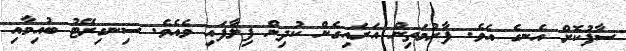
ސާފުކޮށް އެނގެ އެވެ. ފާރުމަތިން އަރައިގެން ކުދިން ފިލާފައި ވެއެވެ. ސިނގިރޭޓު ބުއިމާއި